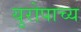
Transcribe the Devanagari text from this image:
युरोपाच्य